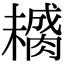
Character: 𱼚